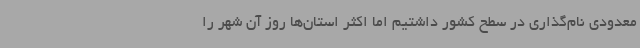
معدودی نام‌گذاری در سطح کشور داشتیم اما اکثر استان‌ها روز آن شهر را